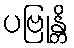
ပဗြုန္တိ